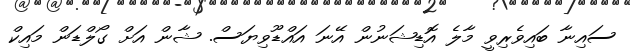
ސައިނާ ބައިވެރިވީ މާލެ އޮޑިޝަނުން އޭނަ އައްޑޫވިޔަސް. ޝާން އަށް ގޯލްޑަން މައިކް